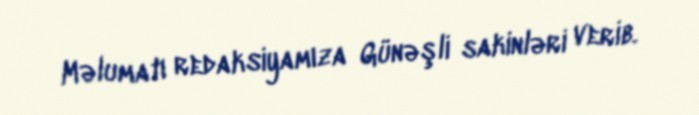
Məlumatı redaksiyamıza Günəşli sakinləri verib.